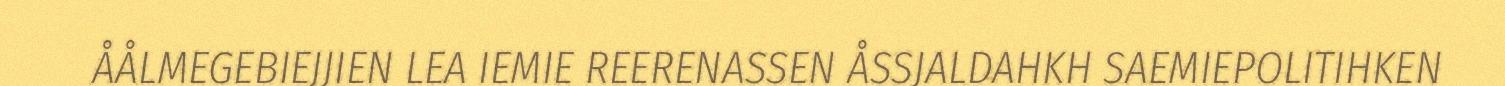
ÅÅLMEGEBIEJJIEN LEA IEMIE REERENASSEN ÅSSJALDAHKH SAEMIEPOLITIHKEN